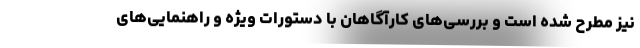
نیز مطرح شده است و بررسی‌های کارآگاهان با دستورات ویژه و راهنمایی‌های